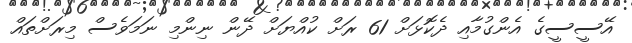
އޭސީސީގެ އެންގުމާއި ދެކޮޅަށް 61 ރަށް ކުއްޔަށް ދޭން ނިންމި ނަމަވެސް މިރަށްތައް